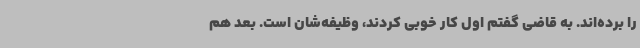
را برده‌اند. به قاضی گفتم اول کار خوبی کردند، وظیفه‌شان است. بعد هم